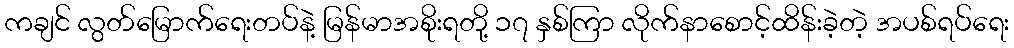
ကချင် လွတ်မြောက်ရေးတပ်နဲ့ မြန်မာအစိုးရတို့ ၁၇ နှစ်ကြာ လိုက်နာစောင့်ထိန်းခဲ့တဲ့ အပစ်ရပ်ရေး